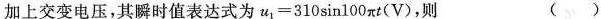
加上交变电压，其瞬时值表达式为$$u 1 = 3 1 0 s i n 1 0 0 π t ( V )$$，则 ()